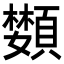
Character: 𩔵